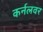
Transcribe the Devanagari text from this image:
कर्नलवर